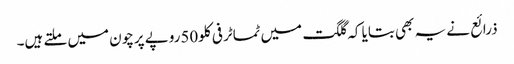
ذرائع نے یہ بھی بتایا کہ گلگت میں ٹماٹر فی کلو50روپے پرچون میں ملتے ہیں۔